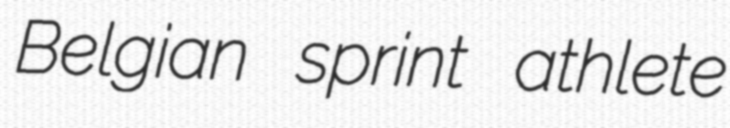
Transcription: Belgian sprint athlete